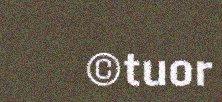
©tuor